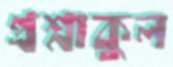
প্রশ্নাকুল